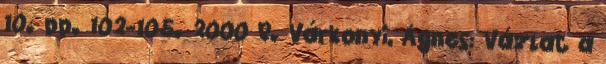
10. pp. 102-105. 2000 R. Várkonyi, Ágnes: Vázlat a